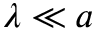
\lambda \ll a